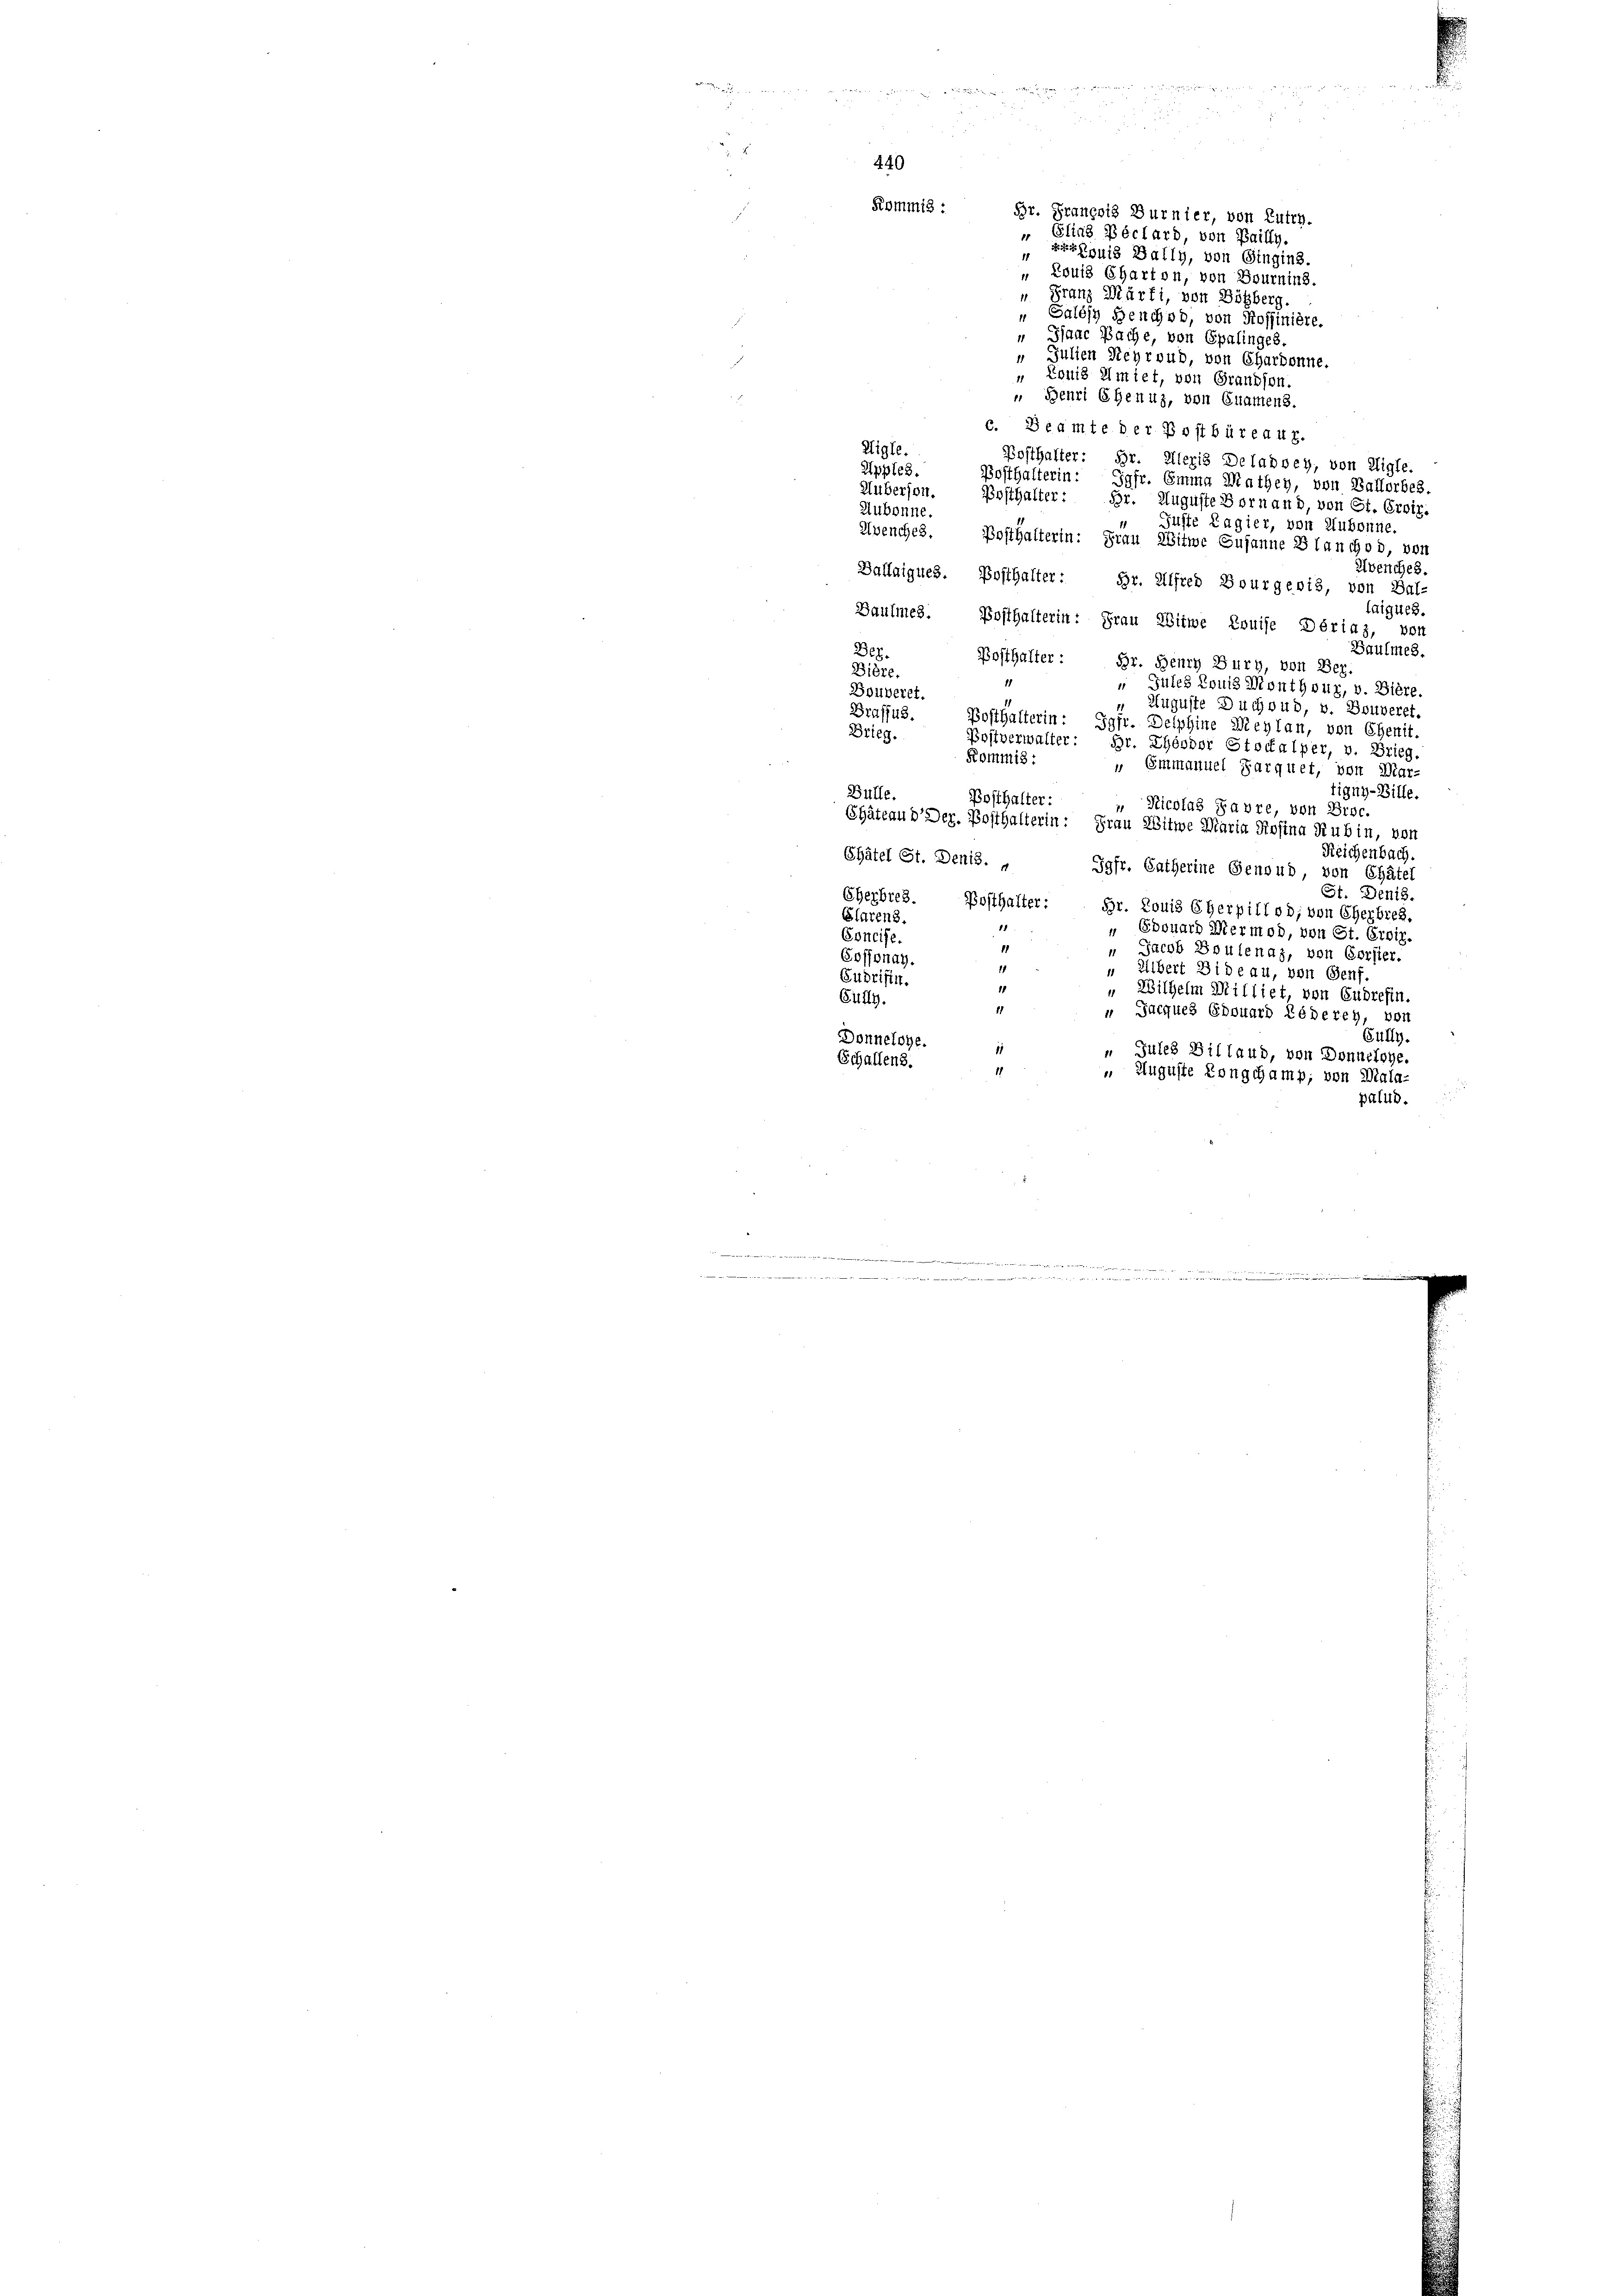
440

Louis Charton, von Bournins.
u Franz Marti, von Bözberg.
„Salésy Seuchvo, von Koffinière.
d
" Paar Bache, von Epalinges.
 Julien Keyroud, von Charbonne.
„ Louis Amiet, von Grandson.

Benri Chenuz, von Enamens.
c. Beamte der Postbüreaux.
Aigle.
Posthalter: Hr. Kleris Deladvey, von Aigle.
Apples. Bosthalterin: Jgfr. Emma Mathey, von Ballorbes.
Huberson. Bosthalter: Dr. Auguste Vornand, von St. Erwir.
Aubonne.
 Guste Lagier, von Aubonne.
Avenches. Bosthalterin: Frau Witwe Susanne Blanchod, von
Avenches.
Ballaigues. Posthalter: Gr. Alfred Bourgeois, von Bal-
laigues.
Baumes. Bosthalterin: Frau Witwe Louise Döriaz, von
Baulmes.
Bez.
Posthalter: Hr. Henry Bury, von Ber
Bière.
Jules Louis Monthour, v. Biere.
Bouveret.
Auguste Duchoud, v. Bouveret.
1
Braffus. Posthalterin: Jgfr. Delphine Meylan, von Ehenit.
Brieg.
e
Postverwalter: Hr. Theodor Stockalper, v. Brieg
Kommis:
 Emmanuel Farquet, von Mar-
tigny-Bille.
Bülle.
Posthalter:
 Nicolas Favre, von Broc.
Chateau dDer. Posthalterin: Frau Witwe Maria Rosina Rubin, von
Reichenbach.
Chätel St. Denis. „ Jgfr. Catherine Gensud, von Chätel
St. Denis.
Cherbres. Bosthalter:
Br. Louis Eherpillod; von Eherbres.
Elarens.
" Edouard Mermod, von St. Croit.
Epneife.
11
" Jacob Boulenaz, von Corsier.
Cossonay.
" Albert Bideau, von Genf.
Sudrifin.
"Wilhelm Milliet, von Gudrefin.
Cully.
" Parques Ebouard Lederey, von
Gully
Donneloye.
Jules Billand, von Donnelege.
Schallens.
1
 Auguste Kongchamp, von Mala
palud.

Kommis: Hr. François Burnier, von Lutry.
 Elias Béclard, von Bailly.
Erkpuis Bally, von Gingins.